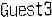
GUEST3